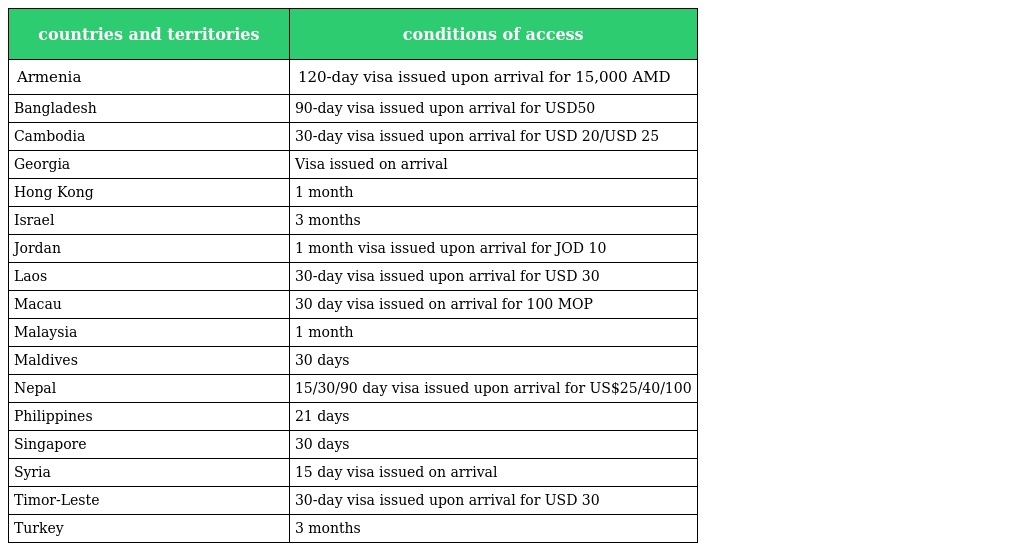
| countries and territories | conditions of access |
 | --- | --- |
 | Armenia | 120-day visa issued upon arrival for 15,000 AMD |
 | Bangladesh | 90-day visa issued upon arrival for USD50 |
 | Cambodia | 30-day visa issued upon arrival for USD 20/USD 25 |
 | Georgia | Visa issued on arrival |
 | Hong Kong | 1 month |
 | Israel | 3 months |
 | Jordan | 1 month visa issued upon arrival for JOD 10 |
 | Laos | 30-day visa issued upon arrival for USD 30 |
 | Macau | 30 day visa issued on arrival for 100 MOP |
 | Malaysia | 1 month |
 | Maldives | 30 days |
 | Nepal | 15/30/90 day visa issued upon arrival for US$25/40/100 |
 | Philippines | 21 days |
 | Singapore | 30 days |
 | Syria | 15 day visa issued on arrival |
 | Timor-Leste | 30-day visa issued upon arrival for USD 30 |
 | Turkey | 3 months |